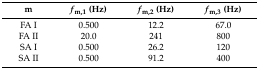
<table><thead><tr><td><b>m</b></td><td><b><i>f</i><sub>m,1</sub> (Hz)</b></td><td><b><i>f</i><sub>m,2</sub> (Hz)</b></td><td><b><i>f</i><sub>m,3</sub> (Hz)</b></td></tr></thead><tbody><tr><td>FA I</td><td>0.500</td><td>12.2</td><td>67.0</td></tr><tr><td>FA II</td><td>20.0</td><td>241</td><td>800</td></tr><tr><td>SA I</td><td>0.500</td><td>26.2</td><td>120</td></tr><tr><td>SA II</td><td>0.500</td><td>91.2</td><td>400</td></tr></tbody></table>